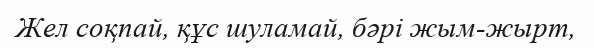
Жел соқпай, құс шуламай, бәрі жым-жырт,